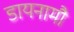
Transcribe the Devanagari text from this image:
डायनामौ